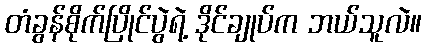
တံခွန်စိုက်ပြိုင်ပွဲရဲ့ ဒိုင်ချုပ်က ဘယ်သူလဲ။